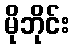
မိုဘိုင်း